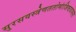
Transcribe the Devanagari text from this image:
सुरसवस्त्रेणततोमांजिष्ठवाससा